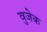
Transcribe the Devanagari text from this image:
वुजेक